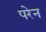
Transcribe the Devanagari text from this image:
परेन